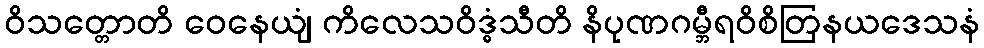
ဝိသတ္တောတိ ဝေနေယျံ ကိလေသဝိဒ္ဓံသီတိ နိပုဏဂမ္ဘီရဝိစိတြနယဒေသနံ